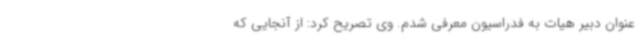
عنوان دبیر هیات به فدراسیون معرفی شدم. وی تصریح کرد: از آنجایی که